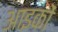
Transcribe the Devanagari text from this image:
आइकों